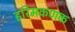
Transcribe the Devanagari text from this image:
हरिमकणक